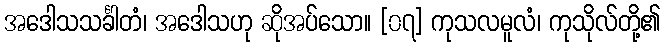
အဒေါသသင်္ခါတံ၊ အဒေါသဟု ဆိုအပ်သော။ [၀၇] ကုသလမူလံ၊ ကုသိုလ်တို့၏